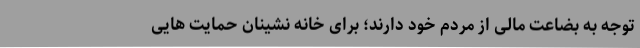
توجه به بضاعت مالی از مردم خود دارند؛ برای خانه نشینان حمایت هایی